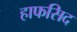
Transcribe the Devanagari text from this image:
हाफसिद